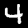
Label: 4